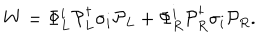
W = \Phi _ { L } ^ { i } { \cal P } _ { L } ^ { \dagger } \sigma _ { i } { \cal P } _ { L } + \Phi _ { R } ^ { i } { \cal P } _ { R } ^ { \dagger } \sigma _ { i } { \cal P } _ { R } .